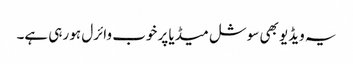
یہ ویڈیو بھی سوشل میڈیا پر خوب وائرل ہو رہی ہے۔